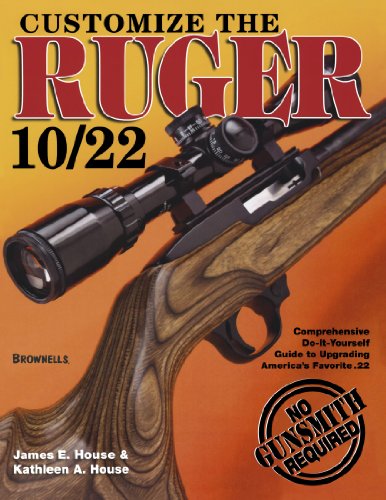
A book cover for Customize the Ruger 10/22; James E. House; Crafts, Hobbies & Home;